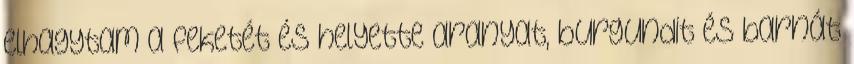
elhagytam a feketét és helyette aranyat, burgundit és barnát